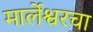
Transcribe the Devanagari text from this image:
मार्लेश्वरचा